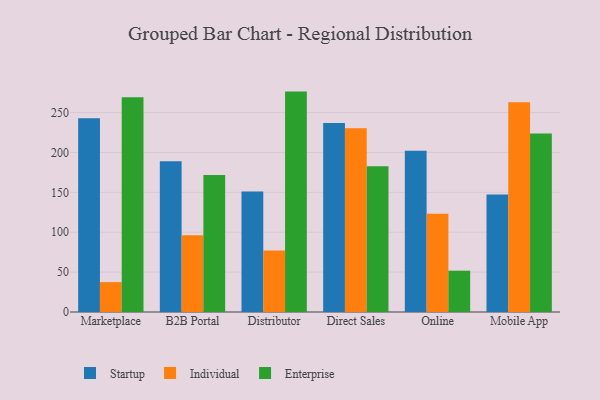
{"axis": {"x": "Channel", "y": "Active Users"}, "legend": ["Enterprise", "Individual", "Startup"], "data": [{"x": "Marketplace", "y": 243.0, "type": "Startup"}, {"x": "Marketplace", "y": 37.5, "type": "Individual"}, {"x": "Marketplace", "y": 269.1, "type": "Enterprise"}, {"x": "B2B Portal", "y": 189.0, "type": "Startup"}, {"x": "B2B Portal", "y": 96.1, "type": "Individual"}, {"x": "B2B Portal", "y": 171.7, "type": "Enterprise"}, {"x": "Distributor", "y": 151.0, "type": "Startup"}, {"x": "Distributor", "y": 77.2, "type": "Individual"}, {"x": "Distributor", "y": 276.3, "type": "Enterprise"}, {"x": "Direct Sales", "y": 237.0, "type": "Startup"}, {"x": "Direct Sales", "y": 230.5, "type": "Individual"}, {"x": "Direct Sales", "y": 182.6, "type": "Enterprise"}, {"x": "Online", "y": 202.2, "type": "Startup"}, {"x": "Online", "y": 123.3, "type": "Individual"}, {"x": "Online", "y": 51.8, "type": "Enterprise"}, {"x": "Mobile App", "y": 147.4, "type": "Startup"}, {"x": "Mobile App", "y": 263.0, "type": "Individual"}, {"x": "Mobile App", "y": 223.9, "type": "Enterprise"}]}